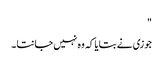
"
جوزی نے بتایا کہ وہ نہیں جانتا ۔